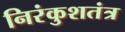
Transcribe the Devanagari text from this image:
निरंकुशतंत्र